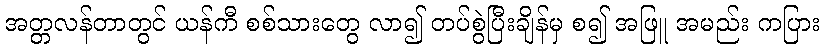
အတ္တလန်တာတွင် ယန်ကီ စစ်သားတွေ လာ၍ တပ်စွဲပြီးချိန်မှ စ၍ အဖြူ အမည်း ကပြား